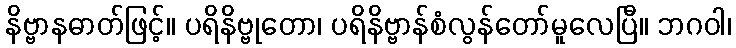
နိဗ္ဗာနဓာတ်ဖြင့်။ ပရိနိဗ္ဗုတော၊ ပရိနိဗ္ဗာန်စံလွန်တော်မူလေပြီ။ ဘဂဝါ၊